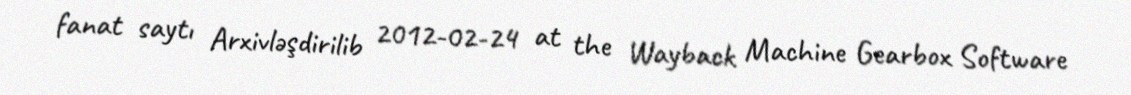
fanat saytı Arxivləşdirilib 2012-02-24 at the Wayback Machine Gearbox Software